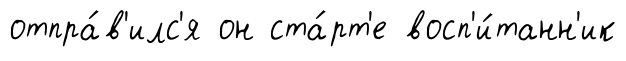
отпра́в'илс'я он ста́рт'е восп'и́танн'ик